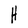
Character: H